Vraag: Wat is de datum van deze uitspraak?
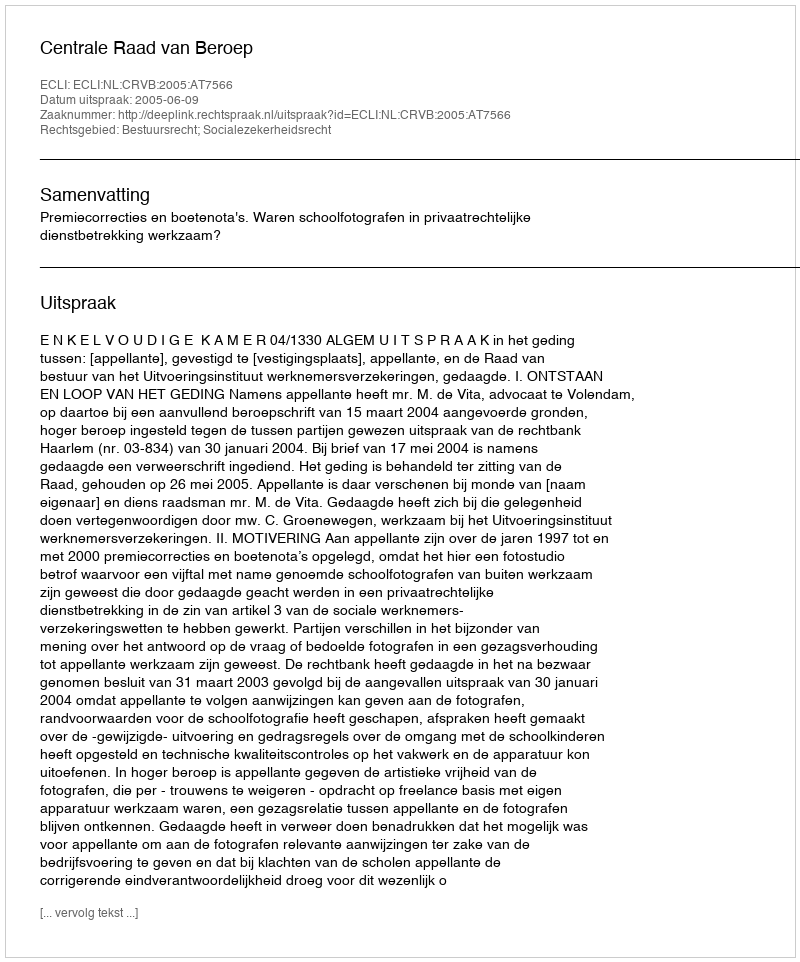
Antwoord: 2005-06-09